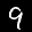
Label: 9